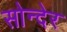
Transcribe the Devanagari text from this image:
सोन्देर